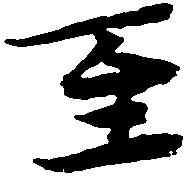
至